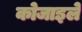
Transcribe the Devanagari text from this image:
कोजाइले